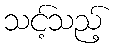
သင့်သည့်